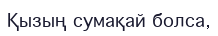
Қызың сумақай болса,